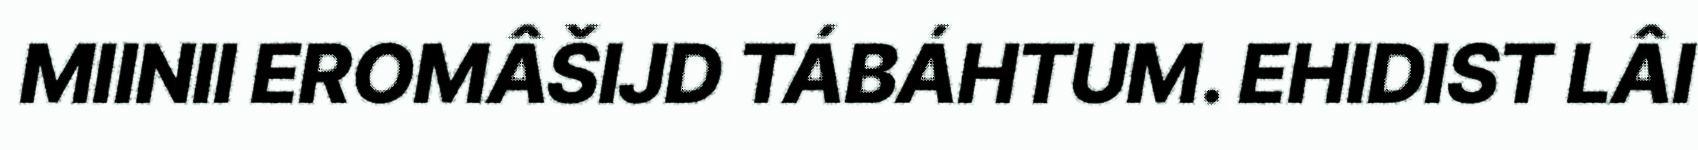
MIINII EROMÂŠIJD TÁBÁHTUM. EHIDIST LÂI